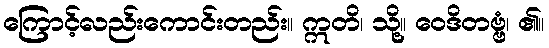
ကြောင့်လည်းကောင်းတည်း။ ဣတိ၊ သို့။ ဝေဒိတဗ္ဗံ၊ ၏။